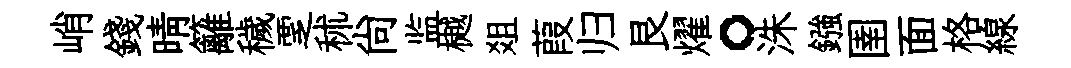
峭錢晴籬穢覂秫尙监樾爼葭归艮燿。洙鏹圉面格線